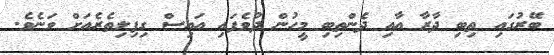
ބޭރުގައި ތިބި ދާރާ އާއި ދެންތިބި މީހުން ދުވެފައި އައިސް ގިފިލިތެރެއަށް ވަނެވެ.